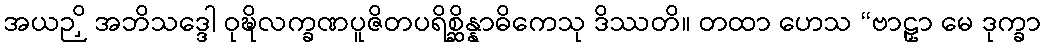
အယဉှိ အဘိသဒ္ဒေါ ဝုဍ္ဎိလက္ခဏပူဇိတပရိစ္ဆိန္နာဓိကေသု ဒိဿတိ။ တထာ ဟေသ “ဗာဠှာ မေ ဒုက္ခာ